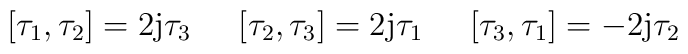
[\tau_1,\tau_2]=2{\rm j} \tau_3 \hspace{6mm} [\tau_2,\tau_3]=2{\rm j} \tau_1 \hspace{6mm}[\tau_3,\tau_1]=-2{\rm j} \tau_2